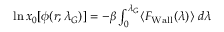
\begin{array} { r } { \ln x _ { 0 } [ \phi ( r ; \lambda _ { G } ) ] = - \beta \int _ { 0 } ^ { \lambda _ { G } } \langle F _ { \mathrm { { W a l l } } } ( \lambda ) \rangle \; d \lambda } \end{array}